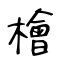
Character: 檜